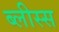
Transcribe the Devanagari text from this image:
ब्लीस्स